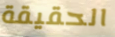
الحقيقة